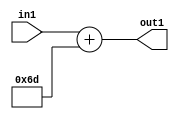
`timescale 1ps / 1ps
/*****************************************************************************
    Verilog RTL Description
    
    
    Created by: Stratus DpOpt 2019.1.01 
*******************************************************************************/

module DC_Filter_Add_12U_224_4 (
	in1,
	out1
	); /* architecture "behavioural" */ 
input [11:0] in1;
output [11:0] out1;
wire [11:0] asc001;

assign asc001 = 
	+(in1)
	+(12'B000001101101);

assign out1 = asc001;
endmodule

/* CADENCE  urnxTwE= : u9/ySgnWtBlWxVPRXgAZ4Og= ** DO NOT EDIT THIS LINE ******/